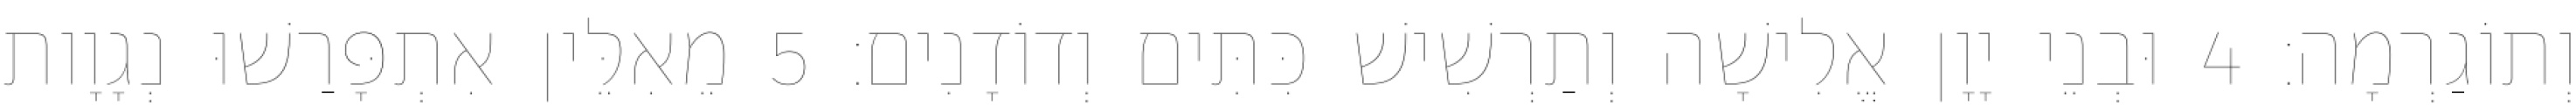
וְתוֹגַרְמָה׃ 4 וּבְנֵי יָוָן אֱלִישָׁה וְתַרְשִׁישׁ כִּתִּים וְדוֹדָנִים׃ 5 מֵאִלֵּין אִתְפָּרַשׁוּ נְגָוָות